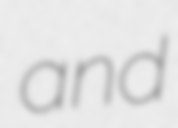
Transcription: and